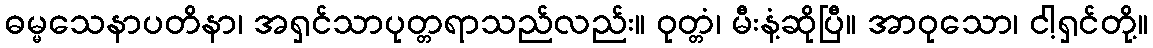
ဓမ္မသေနာပတိနာ၊ အရှင်သာပုတ္တရာသည်လည်း။ ဝုတ္တံ၊ မီးနံ့ဆိုပြီ။ အာဝုသော၊ ငါ့ရှင်တို့။